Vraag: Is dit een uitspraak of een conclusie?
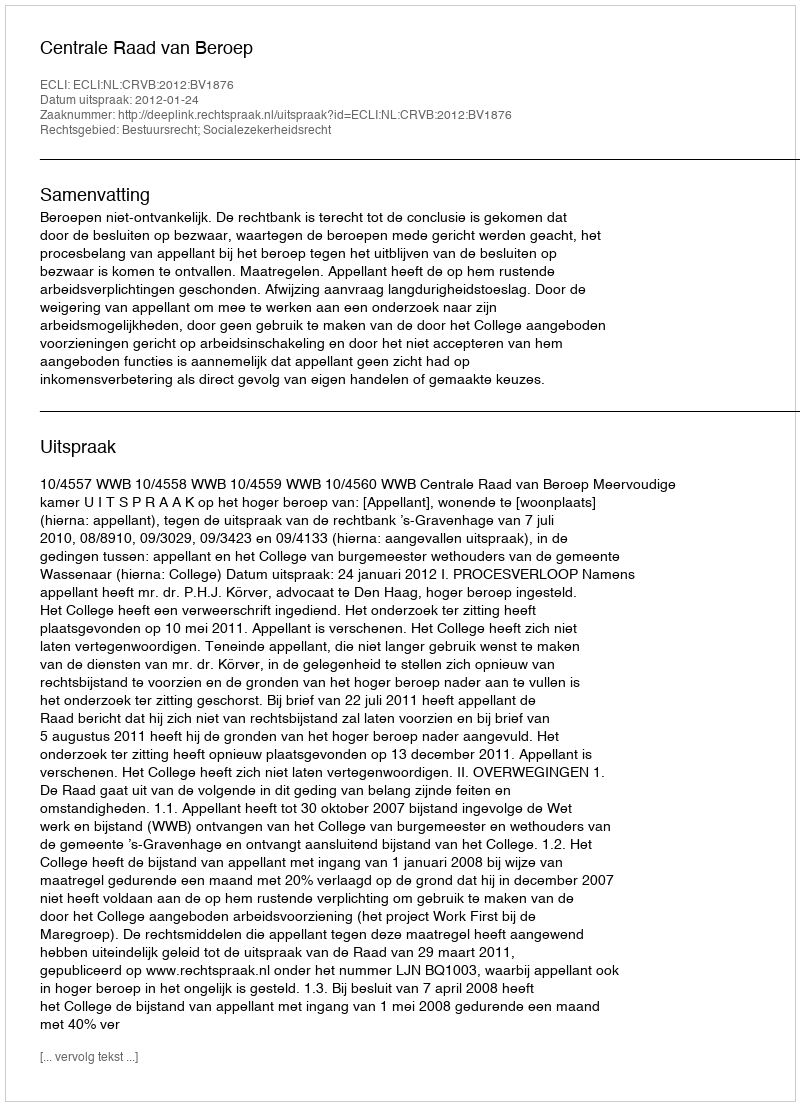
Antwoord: Uitspraak